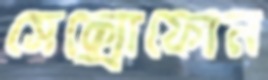
সেক্সোফোন